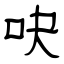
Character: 吷